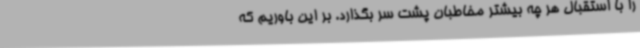
را با استقبال هر چه بیشتر مخاطبان پشت سر بگذارد. بر این باوریم که